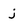
Character: j